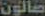
صالون